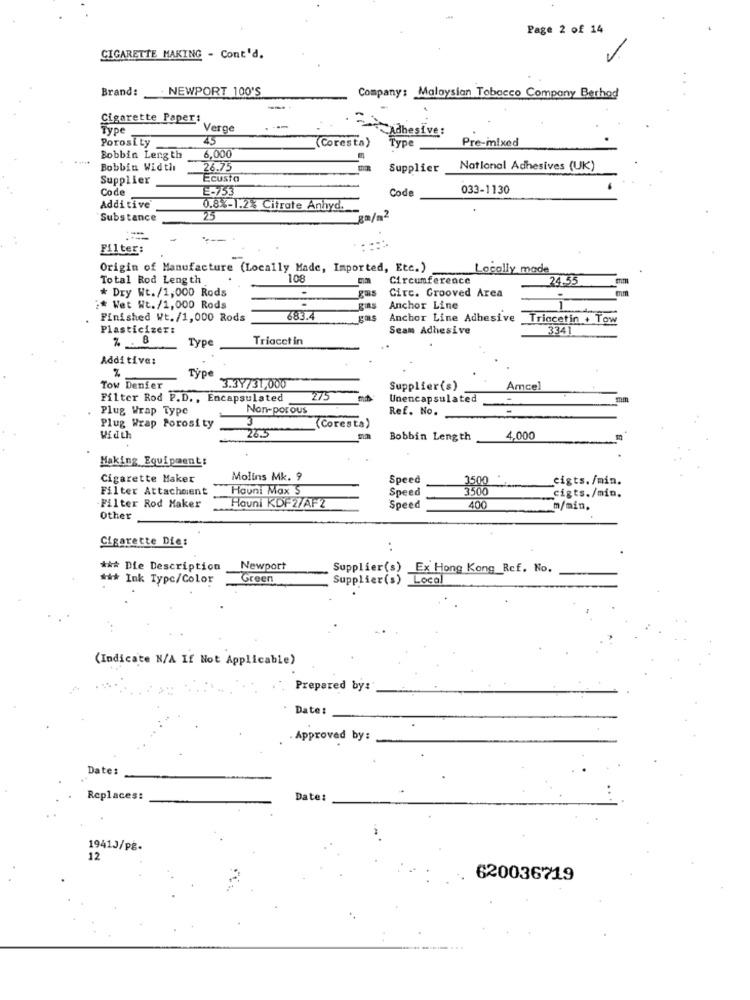
Page 2 of 14
CIGARETTE MAKING - Cont'd.
Brand:
. NEWPORT 100'S
Company: Malaysian Tobacco Company Berhad
Cigarette Paper:
Type
Verge
Adhesive:
Porosity
45
(Coresta)
Type
Pre-mixed
Bobbin Length
6,000
Bobbin Width
26.75
Supplier
National Adhesives (UK)
Supplier
Ecusta
Code
E-753
Code
033-1130
Additive
0.8%-1.2% Citrate Anhyd.
Substance
25
Filter:
....
Origin of Manufacture (Locally Made, Imported, Etc.)
Locally made
Total Rod Length
108
Circumference
24.55
* Dry Wt./1,000 Rods
Circ. Grooved Area
:* Wet Wt./1,000 Rods
gias
Anchor Line
Finished Wt./1,000 Rods
683.4
Anchor Line Adhesive
Triacetin + Tow
Plasticizer:
Seam Adhesive
3341
% . 1
Type
Triacct in
Additive:
Type
Tow Denfer
3.37/31,000
Supplier(s)
Amcel
Filter Rod P.D ., Encapsulated
275
Unencapsulated
mm
.
Plug Wrap Type
Non-por ous
Ref. No.
3
Plug Wrap Porosity
(Coresta)
Width
26.5
Bobbin Length
4.000
Making Equipment:
Cigarette Maker
Molins Mk. 9
Speed
cigts. /min.
Filter Attachment
Houni Max S
Speed
3500
cigts./min.
Filter Rod Maker
Hauni KDF2/AFZ
Speed
400
m/min,
Other
Cigarette Die:
*** Die Description
Newport
Supplier(s) Ex Hong Kong Rcf. No.
*** Ink Type/Color
Green
Supplier(s) Local
(Indicate N/A If Not Applicable)
Prepared by:'
Date:
. Approved by:
Date:
Replaces:
Date:
1941J/pg-
12
620036719